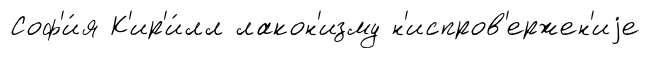
Соф'и́я К'ир'и́лл лакон'изму н'испров'ержен'иjе